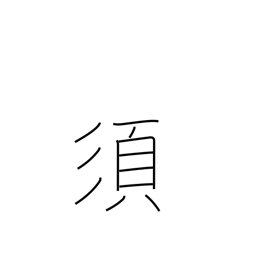
Meaning: ought